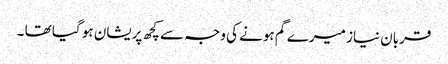
قربان نیاز میرے گم ہونے کی وجہ سے کچھ پریشان ہو گیا تھا ۔